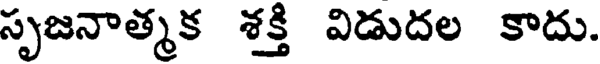
సృజనాత్మక శక్తి విడుదల కాదు.